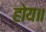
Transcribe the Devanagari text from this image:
होय॥